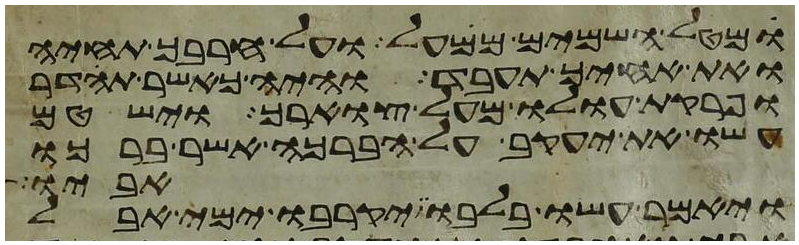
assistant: מטל השמים ממעל ועל חרבך תחיה
ואת אחיך תעבד והיה כאשר תהדר
ופרקת עולו מעל צוארך וישטם
עשו את יעקב על הברכה אשר ברכו
אביו
ויאמר עשו בלבו יקרבו ימי אבל